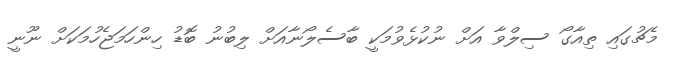
މެޗުގައި ތިއާގޯ ސިލްވާ އަށް ނުކުޅެވުމަކީ ބާސެލޯނާއަށް ލިބުނު ބޮޑު ހިންހަމަޖެހުމަކަށް ނޫނީ